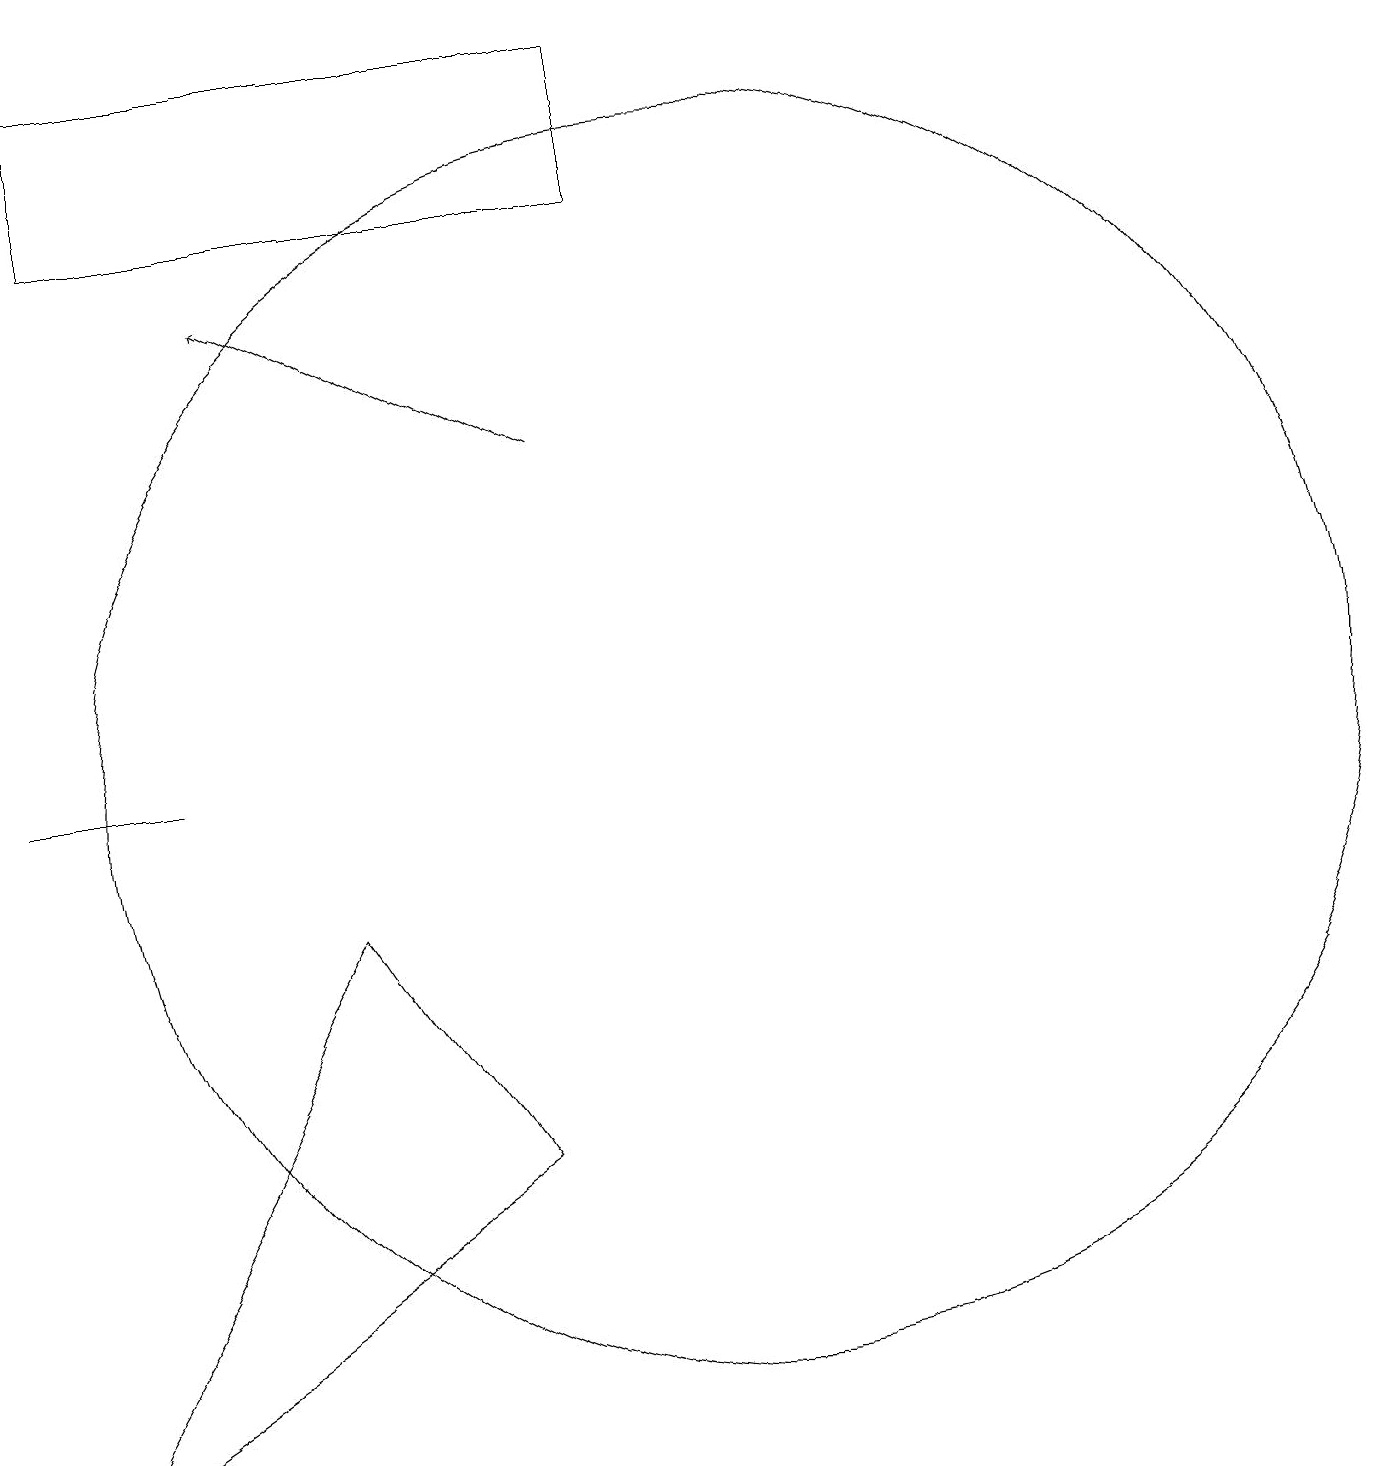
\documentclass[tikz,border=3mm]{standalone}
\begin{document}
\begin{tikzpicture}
\draw (1,10) rectangle (3,10);
\draw (10,10) circle (8);
\draw[->] (8,14) -- (4,16);
\draw (7,5) -- (5,8) -- (1,1) -- cycle;
\draw (2,17) rectangle (9,19);
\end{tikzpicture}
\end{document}